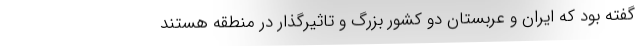
گفته بود که ایران و عربستان دو کشور بزرگ و تاثیرگذار در منطقه هستند